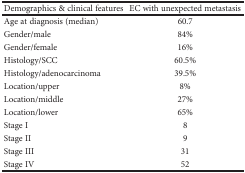
| Demographics & clinical features | EC with unexpected metastasis |
 | --- | --- |
 | Age at diagnosis (median) | 60.7 |
 | Gender/male | 84% |
 | Gender/female | 16% |
 | Histology/SCC | 60.5% |
 | Histology/adenocarcinoma | 39.5% |
 | Location/upper | 8% |
 | Location/middle | 27% |
 | Location/lower | 65% |
 | Stage I | 8 |
 | Stage II | 9 |
 | Stage III | 31 |
 | Stage IV | 52 |